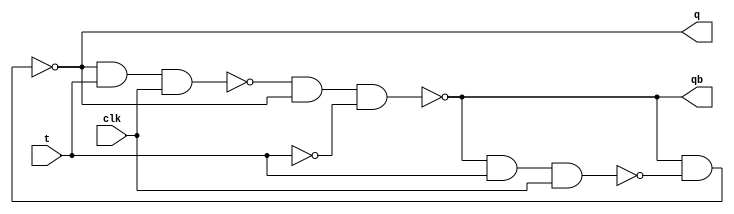
module t_ff_data(q,qb,t,clk);
input t,clk;
output q,qb;
assign a = ~ ( qb & t & clk );
assign b = ~ ( q & t & clk );
assign q = ~ ( qb & a );
assign qb = ~ ( b & q & ( ~ t ) );
endmodule